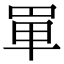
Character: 𠦤